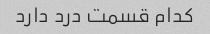
کدام قسمت درد دارد